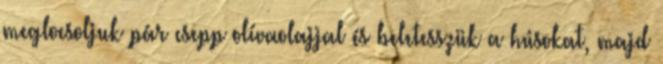
meglocsoljuk pár csepp olívaolajjal és beletesszük a húsokat, majd